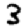
Digit: 3